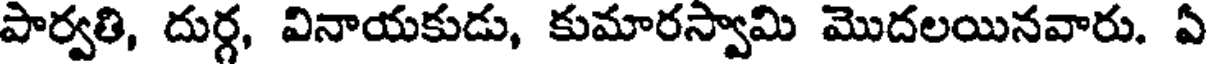
పార్వతి, దుర్గ, వినాయకుడు, కుమారస్వామి మొదలయినవారు. ఏ